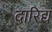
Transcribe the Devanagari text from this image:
दारिद्य